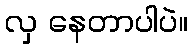
လှ နေတာပါပဲ။